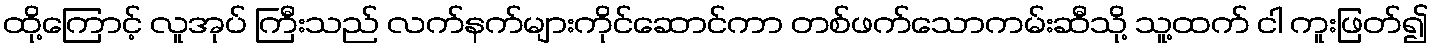
ထို့ကြောင့် လူအုပ် ကြီးသည် လက်နက်များကိုင်ဆောင်ကာ တစ်ဖက်သောကမ်းဆီသို့ သူ့ထက် ငါ ကူးဖြတ်၍